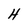
Character: H